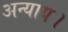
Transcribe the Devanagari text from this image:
अन्याय।